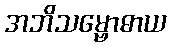
အဘိသမ္ဗောဓာယ